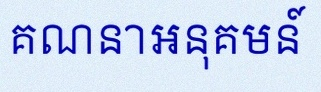
គណនាអនុគមន៍